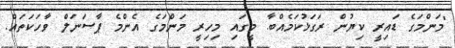
"މަންމަގެ ޑައިރީ ކިޔުން ރަގަޅުކަމެއްބާ. މީގައި މިހިރީ މަންމަގެ އެންމެ ޕާސަނަލް ވާހަކަތައް.